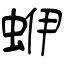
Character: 蛜